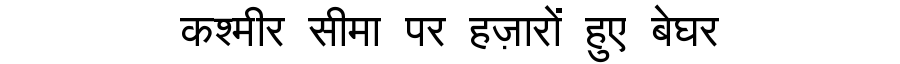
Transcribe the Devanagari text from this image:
कश्मीर सीमा पर हज़ारों हुए बेघर